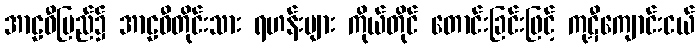
အာဠဝီပြည်၌ အာဠဝီတိုင်းသား ရဟန်းများ ကိုယ်တိုင် တောင်းခြင်းဖြင့် ကုဋီကျောင်းငယ်